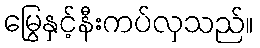
မြွေနှင့်နီးကပ်လှသည်။